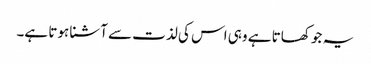
یہ جو کھاتا ہے وہی اس کی لذت سے آشنا ہوتا ہے۔